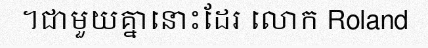
។ជាមួយគ្នានោះដែរ លោក Roland